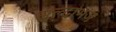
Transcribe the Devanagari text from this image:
झुल्दाभज